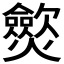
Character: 𤒡